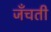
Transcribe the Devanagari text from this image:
जँचती